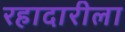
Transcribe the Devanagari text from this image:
रहादारीला